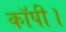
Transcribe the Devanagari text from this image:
कॉपी।